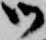
御